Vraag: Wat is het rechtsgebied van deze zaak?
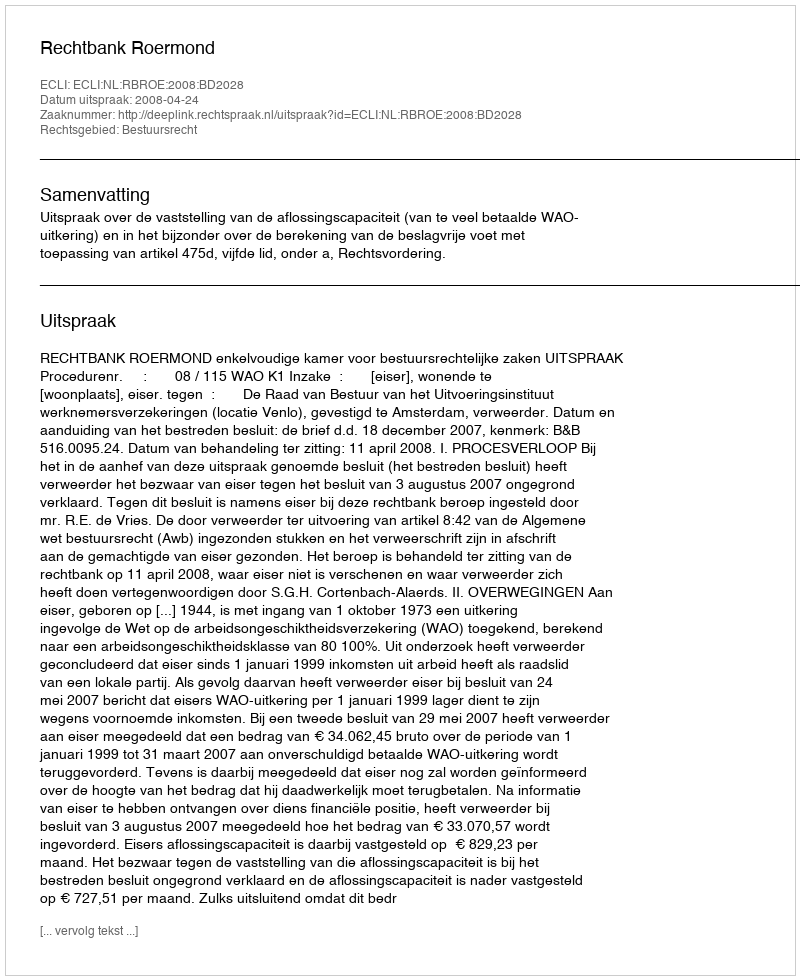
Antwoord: Bestuursrecht